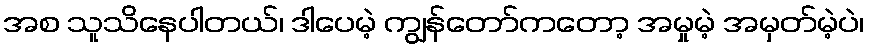
အစ သူသိနေပါတယ်၊ ဒါပေမဲ့ ကျွန်တော်ကတော့ အမှုမဲ့ အမှတ်မဲ့ပဲ၊